Vaccine operations Central Provinces & Berar 1922-1929 - 1922-1929
Year: 1922
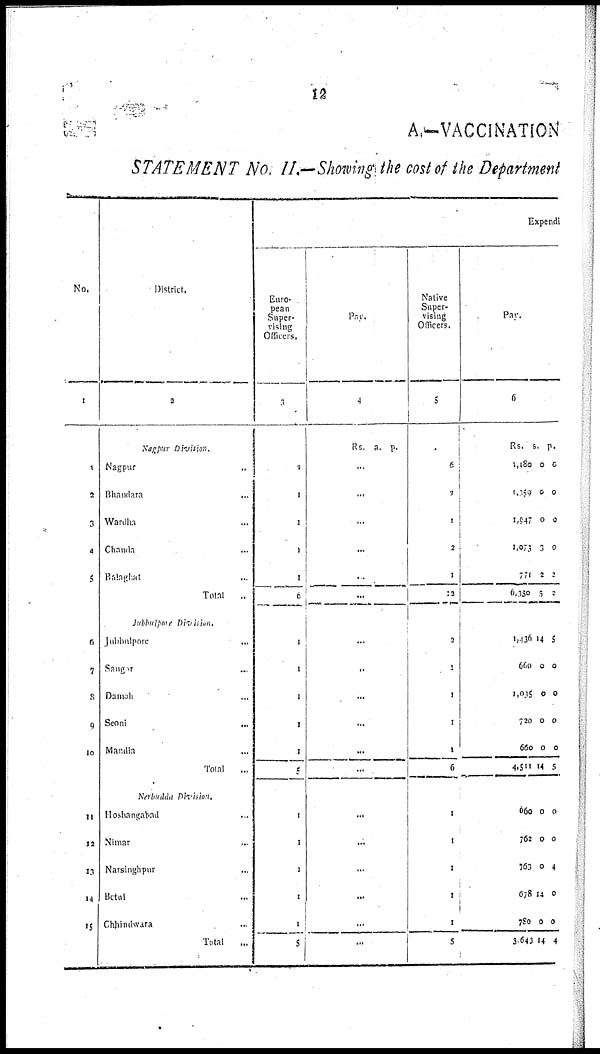
12
A.—VACCINATION
STATEMENT No. II.—Showing the cost of the Department
No.
1
1
2
3
4
5
6
7
8
9
10
11
12
13
14
15
District.
2
Nagpur Division.
Nagpur ...
Bhandara
...
Wardha ...
Chanda ...
Balaghat ...
Total ...
Jubbulpore Division.
Jubbulpore ...
Saugor ...
Damoh ...
Seoni ...
Mandia ...
Total ...
Nerbudda Division.
Hoshangabad ...
Nimar ...
Narsinghpur ...
Betul ...
Chhindwara ...
Total
...
Expendi
Euro-
pean
Super¬
using
Officers.
3
...
...
...
...
...
...
...
...
...
...
...
...
...
...
...
...
1
5
Pay.
4
Rs. a. p.
...
...
...
...
...
...
...
...
...
...
...
...
...
...
...
...
...
...
Native
Super-
vising
Officers.
5
6
2
1
2
1
12
2
1
1
1
1
6
1
1
1
1
1
5
Pay.
6
Rs.
1,180
1,369
1,047
1,073
771
6, 680
a.
0
0
0
3
2
5
p.
0
0
0
0
2
2
1,136
660
1,035
720
660
4,511
14
0
0
0
0
14
5
0
0
0
0
5
660
762
763
678
780
3,643
0
0
0
14
0
14
0
0
4
0
0
4